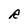
Character: R